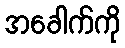
အခေါက်ကို